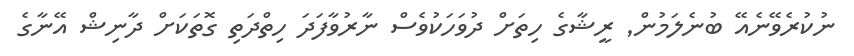
ނުކުރެވޭނެއޭ ބުނެެލަމުން